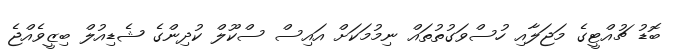
ބޮޑު ޗުއްޓީގެ މަޖަލާއި ހުސްވަގުތުތައް ނިމުމަކަށް އައިސް ސްކޫލް ކުދިންގެ ޝެޑިއުލް ބިޒީވެއްޖެ